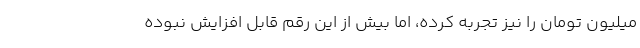
میلیون تومان را نیز تجربه کرده، اما بیش از این رقم قابل افزایش نبوده